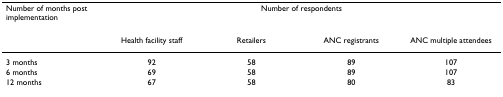
<table><thead><tr><td><b>Number of months post implementation</b></td><td colspan="4"><b>Number of respondents</b></td></tr><tr><td></td><td><b>Health facility staff</b></td><td><b>Retailers</b></td><td><b>ANC registrants</b></td><td><b>ANC multiple attendees</b></td></tr></thead><tbody><tr><td>3 months</td><td>92</td><td>58</td><td>89</td><td>107</td></tr><tr><td>6 months</td><td>69</td><td>58</td><td>89</td><td>107</td></tr><tr><td>12 months</td><td>67</td><td>58</td><td>80</td><td>83</td></tr></tbody></table>